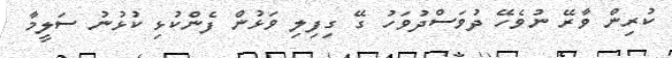
ކުރިން ވާރޭ ނުވެހޭ ދުވަސްދުވަހު ގޭ ގިފިލި ވަޅުން ފެންކުޅި ކުޅުނު ސަލީމާ